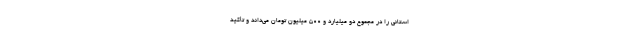
استانی را در مجموع دو میلیارد و ۵۰۰ میلیون تومان می‌داند و تأکید